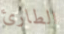
الطارئ